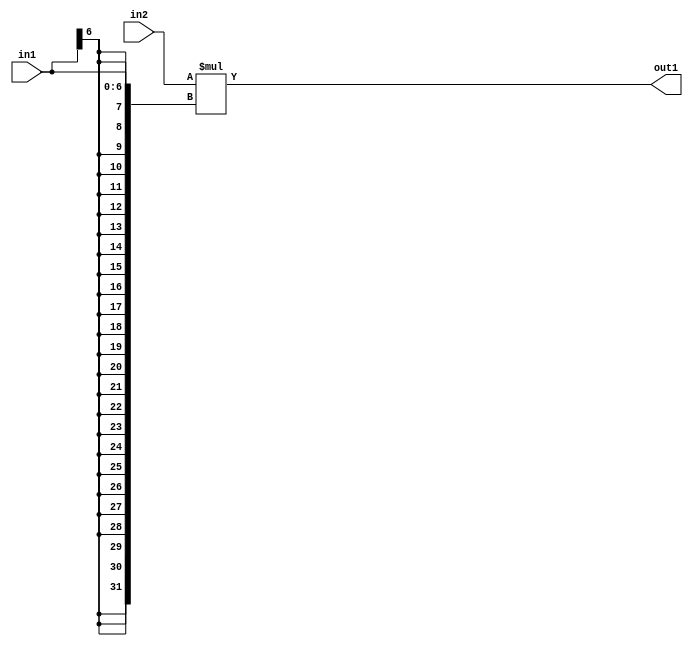
`timescale 1ps / 1ps
/*****************************************************************************
    Verilog RTL Description
    
    
    Created by: Stratus DpOpt 21.05.01 
*******************************************************************************/

module SobelFilter_Mul_32Sx7S_32S_1 (
	in2,
	in1,
	out1
	); /* architecture "behavioural" */ 
input [31:0] in2;
input [6:0] in1;
output [31:0] out1;
wire [31:0] asc001;

assign asc001 = 
	+(in2 * {{25{in1[6]}}, in1});

assign out1 = asc001;
endmodule

/* CADENCE  ubP1TAo= : u9/ySxbfrwZIxEzHVQQV8Q== ** DO NOT EDIT THIS LINE ******/